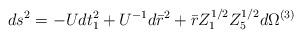
LaTeX: \begin{align*}ds^2 = - U dt_1^2 + U^{-1} d \bar{r}^2 + \bar{r} Z_1^{1/2} Z_5^{1/2} d\Omega^{(3)}\end{align*}